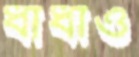
ধাঁধাও